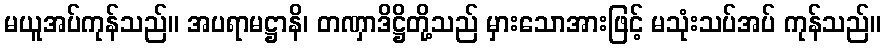
မယူအပ်ကုန်သည်။ အပရာမဋ္ဌာနိ၊ တဏှာဒိဋ္ဌိတို့သည် မှားသောအားဖြင့် မသုံးသပ်အပ် ကုန်သည်။